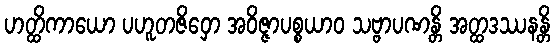
ဟတ္ထိကာယော ပဟူတဇိဝှော အဝိဇ္ဇာပစ္စယာဝ သဗ္ဗာပဏန္တိ အတ္ထဒဿနန္တိ